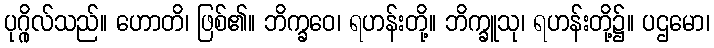
ပုဂ္ဂိုလ်သည်။ ဟောတိ၊ ဖြစ်၏။ ဘိက္ခဝေ၊ ရဟန်းတို့။ ဘိက္ခူသု၊ ရဟန်းတို့၌။ ပဌမော၊